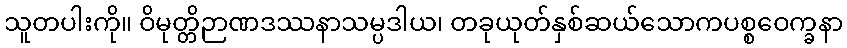
သူတပါးကို။ ဝိမုတ္တိဉာဏဒဿနာသမ္ပဒါယ၊ တခုယုတ်နှစ်ဆယ်သောကပစ္စဝေက္ခနာ